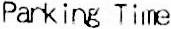
PARKING TIME